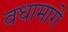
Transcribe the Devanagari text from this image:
वधामागे